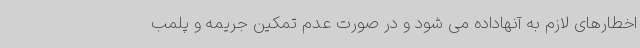
اخطارهای لازم به آنهاداده می شود و در صورت عدم تمکین جریمه و پلمب